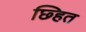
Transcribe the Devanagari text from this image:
छ्हित